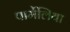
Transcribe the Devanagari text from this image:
पार्मेलिया